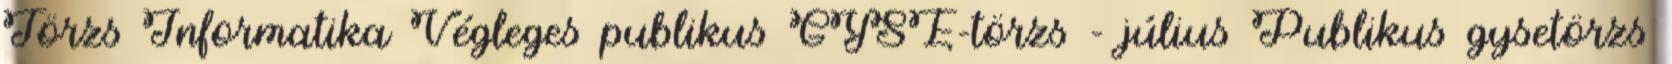
Törzs Informatika Végleges publikus GYSE-törzs - július Publikus gysetörzs